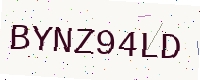
Text: BYNZ94LD